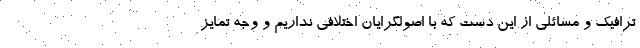
ترافیک و مسائلی از این دست که با اصولگرایان اختلافی نداریم و وجه تمایز